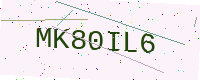
Text: MK80IL6